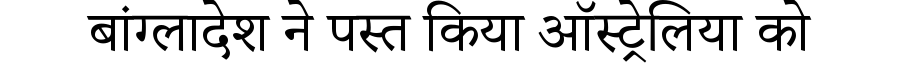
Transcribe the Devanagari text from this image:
बांग्लादेश ने पस्त किया ऑस्ट्रेलिया को